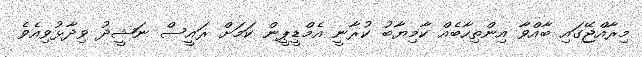
މިރާއްޖޭގައި ބާއްވާ އިންތިހާބެއް ކާމިޔާބު ކުރާނީ އެމްޑީޕީން ކަމަށް ރައީސް ނަޝީދު ވިދާޅުވިއެވެ